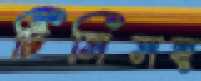
টিসিসহ